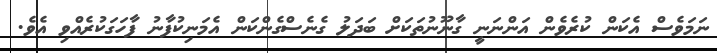
ނަމަވެސް އެކަން ކުރެވެން އަންނަނީ ގާނޫނުތަކަށް ބަދަލު ގެނެސްގެންކަން އެމަނިކުފާނު ފާހަގަކުރެއްވި އެވެ.